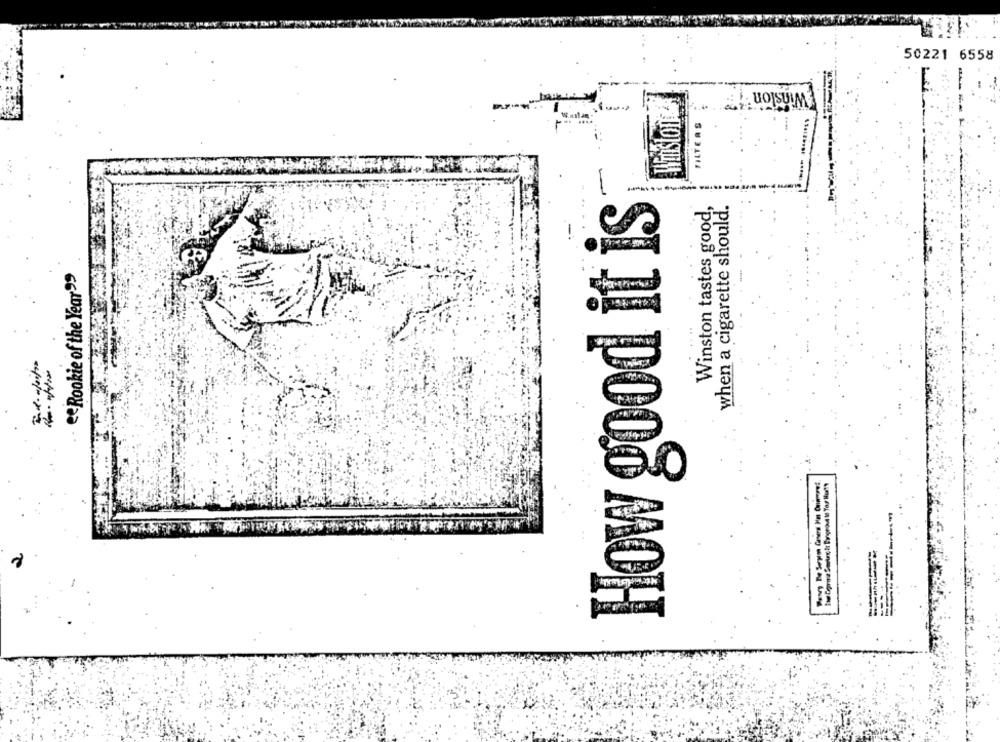
50221 6558
Winston &
Winston
FILTERS
How good it is
Winston tastes good,
when a cigarette should.
"e Rookie of the Year"
=